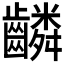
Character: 𬹸